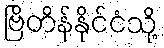
ဗြိတိန်နိုင်ငံသို့